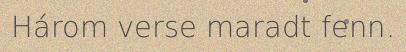
Három verse maradt fenn.